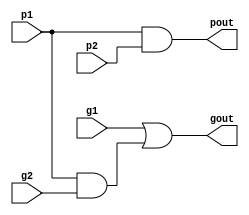
// p1/g1 are the larger number.
module pg_blackcell(
	input p1,
	input g1,
	input p2,
	input g2,
	
	output pout,
	output gout
);

// Black cells contain the group generate and propagate terms.
assign gout = g1 | (p1 & g2);
assign pout = p1 & p2;

endmodule